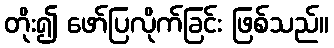
တိုး၍ ဖော်ပြလိုက်ခြင်း ဖြစ်သည်။